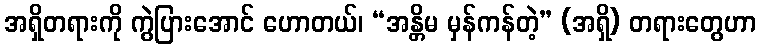
အရှိတရားကို ကွဲပြားအောင် ဟောတယ်၊ “အန္တိမ မှန်ကန်တဲ့” (အရှိ) တရားတွေဟာ